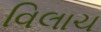
વિલાચ